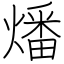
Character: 燔